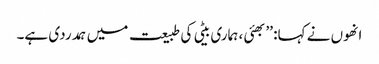
انھوں نے کہا: ’’بھئی ، ہماری بیٹی کی طبیعت میں ہمدردی ہے۔